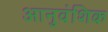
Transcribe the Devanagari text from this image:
आनुवंशिक